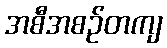
အစီအစဉ်တကျ